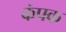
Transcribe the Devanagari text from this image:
कंपक